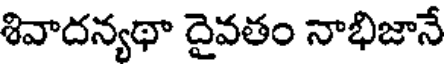
శివాదన్యథా దైవతం నాభిజానే